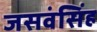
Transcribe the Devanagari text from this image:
जसवंसिंह